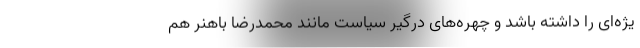
یژه‌ای را داشته باشد و چهره‌های درگیر سیاست مانند محمدرضا باهنر هم